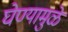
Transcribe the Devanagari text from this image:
घेण्यामुळे